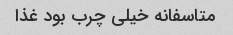
متاسفانه خیلی چرب بود غذا